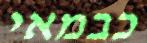
כבמאי